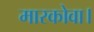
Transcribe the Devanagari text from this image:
मारकोवा।